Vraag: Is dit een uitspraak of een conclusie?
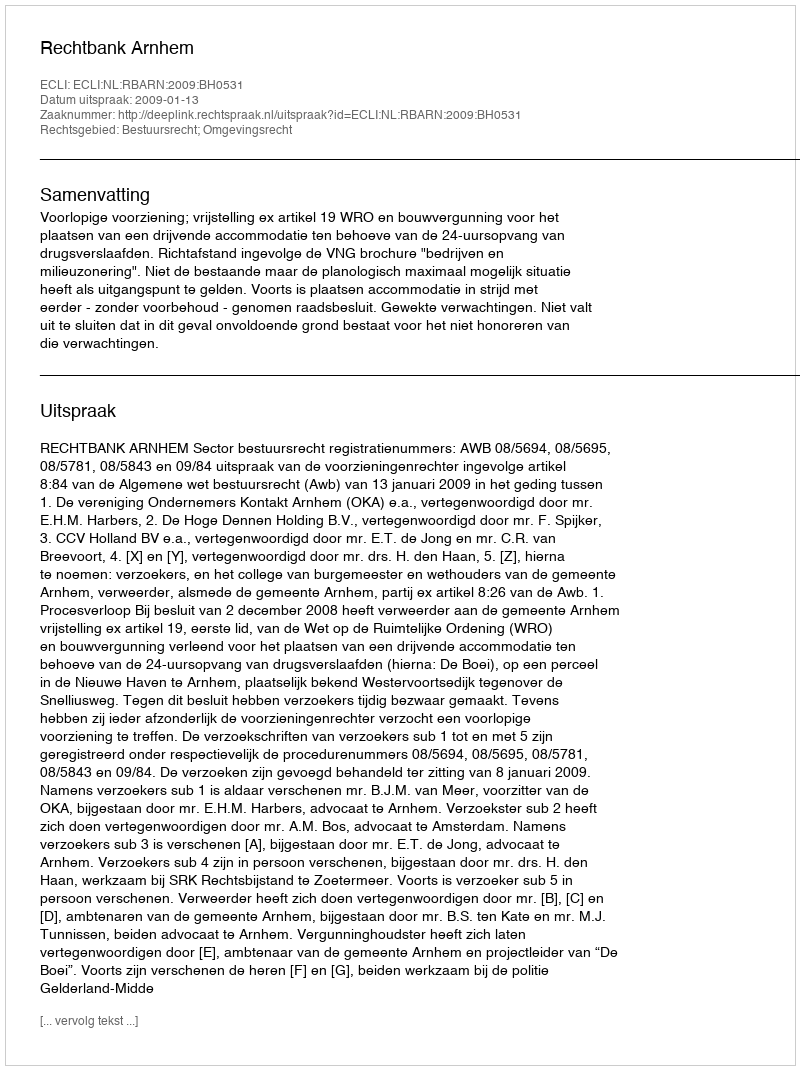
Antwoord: Uitspraak